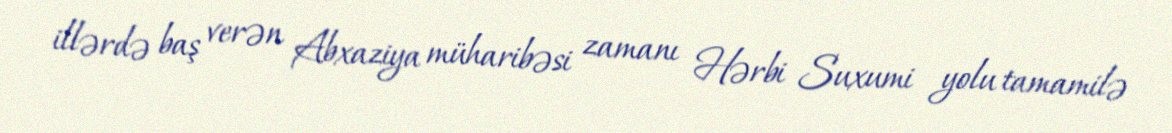
illərdə baş verən Abxaziya müharibəsi zamanı Hərbi Suxumi yolu tamamilə